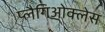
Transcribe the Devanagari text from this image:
प्लैगिओक्लेस